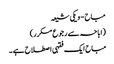
مباح - ویکی شیعہ
(اباحہ سے رجوع مکرر)
مباح ایک فقہی اصطلاح ہے ۔